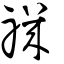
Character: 禨